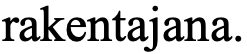
rakentajana.